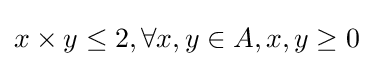
x\times y\leq 2,\forall x,y\in A,x,y\geq 0